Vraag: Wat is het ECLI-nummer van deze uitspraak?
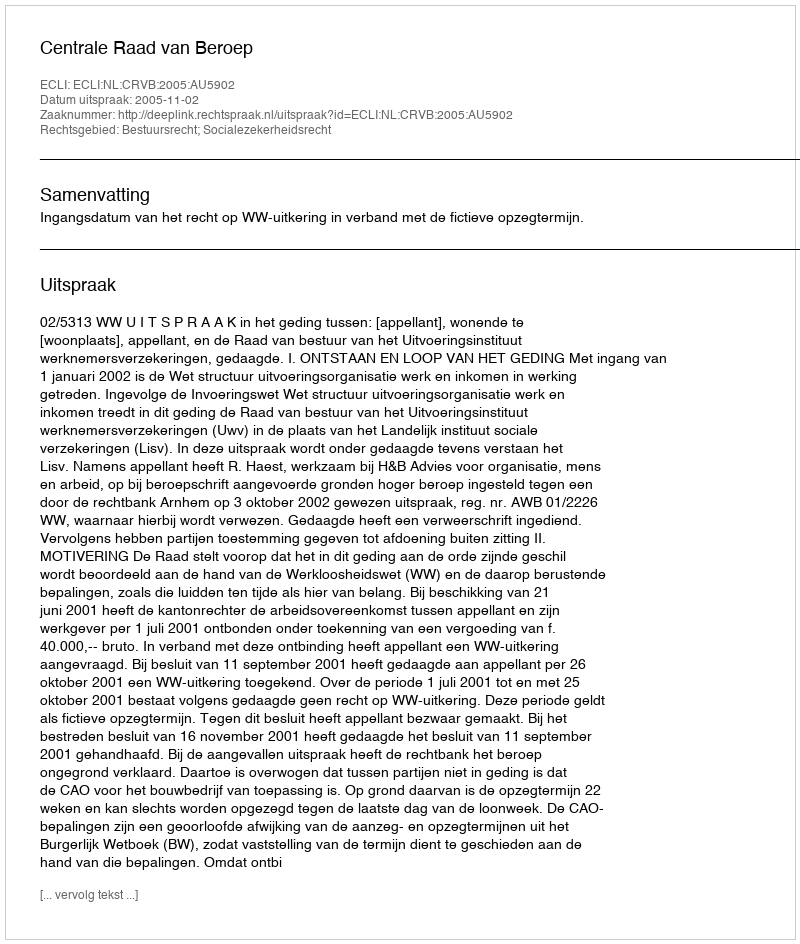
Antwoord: ECLI:NL:CRVB:2005:AU5902